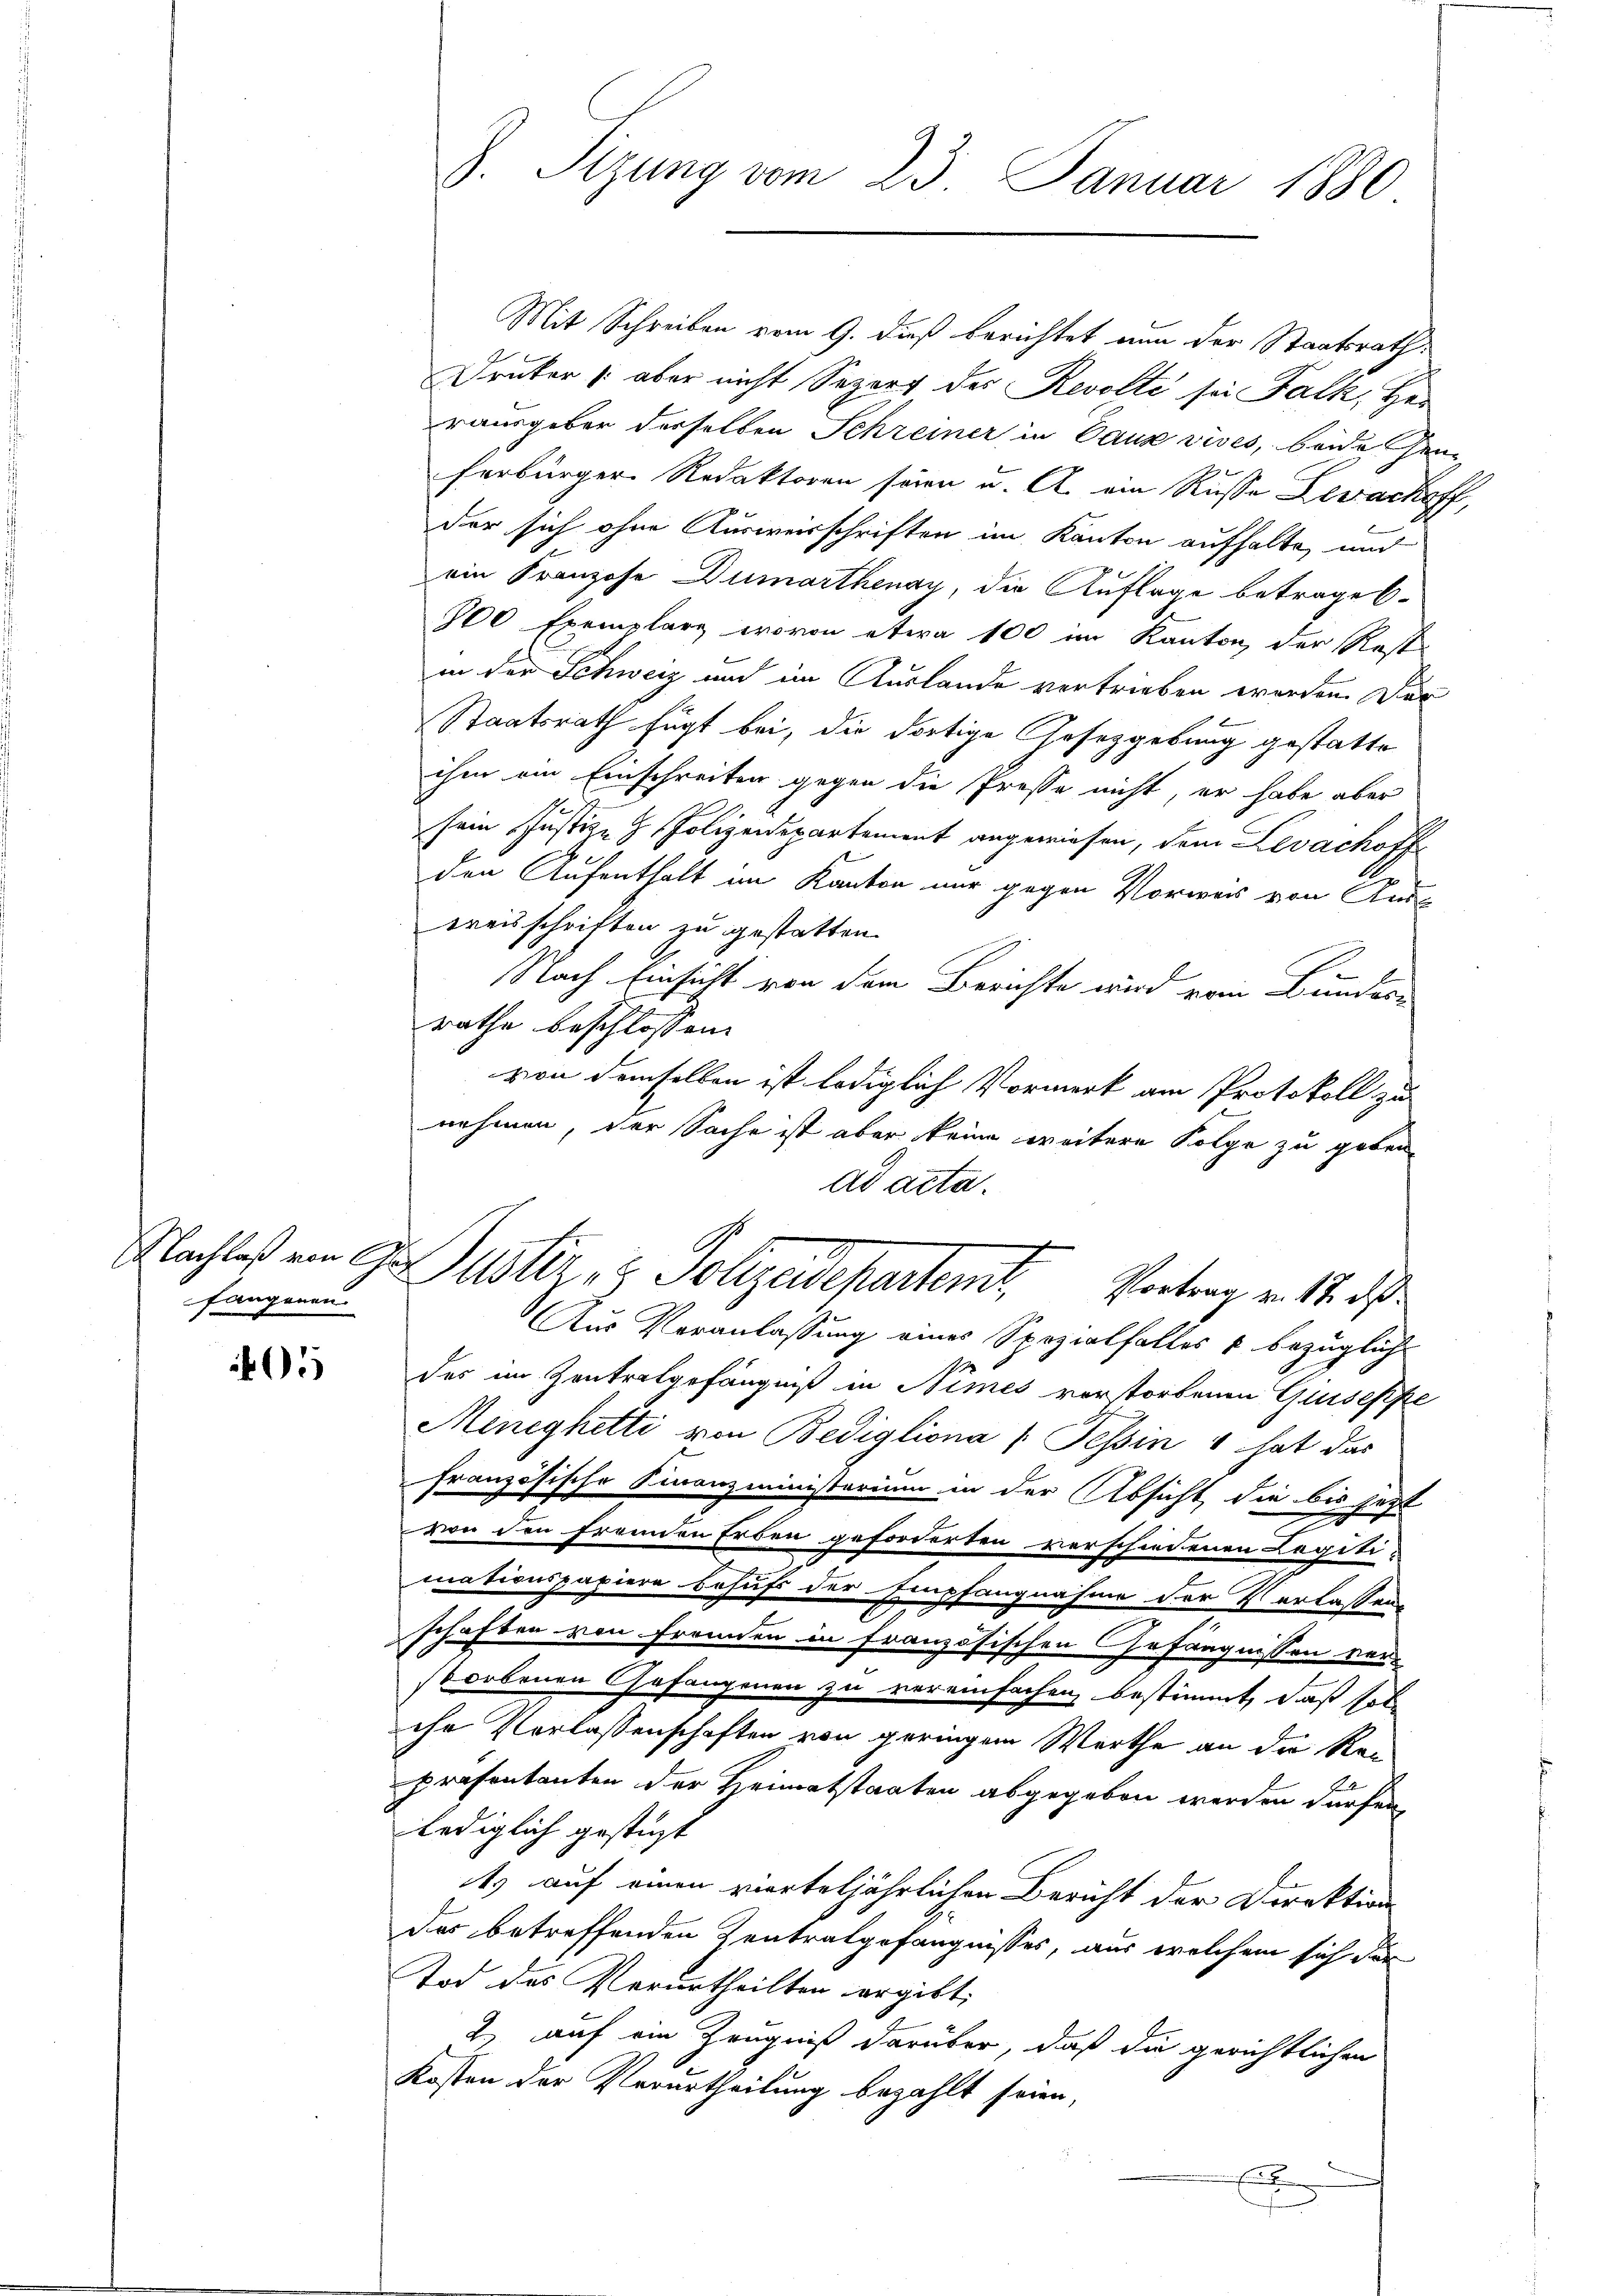
fangenen

405

J. Sizung vom 23. Januar 1880

Mit Schreiben vom 9. dieß berichtet nun der Staatsrath
Druker /: aber nicht Separt der Revolti sei Falk, Herrausgeber derselben Schreiner in Caus vives, beide Hei
ferbürger Redaktoren seien u. A. ein Russe Lewachoff,
der sich ohne Ausweisschriften im Kanton aufhalte, und
ein Franzose Dumorthenay, die Auflage betrages.
800 Exemplare, wovon etwa 100 im Kanton der Rest
in der Schweiz und im Auslande vertrieben werden. Der
Staatsrath fügt bei, die dortige Gesetzgebung gestatte
ihm ein Einschreiten gegen die Presse nicht, er habe aber
sein Justiz- & Polizeidepartement angewiesen, dem Levachoff
den Aufenthalt im Kanton nur gegen Vorweis von Ausl
ereisschriften zu gestatten.
Nach Einsicht von dem Berichte wird vom Bundere
rathe beschlossen:
von demselben ist lediglich Vormerk am Protokoll zu
nehmen, der Sache ist aber keine weitere Folge zu geben.
ad acta.
Nachtes von 9. Justiz- & Polizeidepartemt. Vortrag v. 12. das
Aus Veranlassung eines Spezialfalles & bezüglich
des im Zentralgefängniß in Nimes vorstorbenen Girseffe
Meneghetti von Bedigliona (Tessin 4 hat das
französische Finanzministerium in der Absicht, die bis jetzt
2
von den franden Erben geforderten verschiedenen Legiti-
mationspapiere Behufs der Empfangnahme der Verlassen.
schaften von Fremden in Französischen Gefängnissen vor
storbenen Gefangenen zu vereinfachen bestimmt, daß soll
che Verlassenschaften von geringem Werthe an die Rapräsentanten der Heimatstaaten abgegeben werden dürfen
lediglich gesteht
1) auf einen vierteljährlichen Bericht der Direktion
Der betreffenden Zentratgefängnisses, aus welchem sich der
Tod des Verurtheilten ergibt,
2.) auf ein Zeugniß darüber, daß die gerichtlichen
Kosten der Verurtheilung bezahlt seien,
A